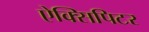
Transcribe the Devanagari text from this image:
ऐक्सिपिटर